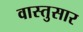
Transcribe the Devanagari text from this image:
वास्तुसार